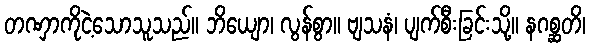
တဏှာကိုငဲ့သောသူသည်။ ဘိယျော၊ လွန်စွာ။ ဗျသနံ၊ ပျက်စီးခြင်းသို့။ နဂစ္ဆတိ၊